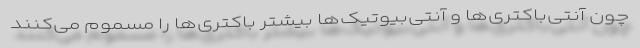
چون آنتی‌باکتری‌ها و آنتی‌بیوتیک‌ها بیشتر باکتری‌ها را مسموم می‌کنند